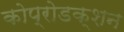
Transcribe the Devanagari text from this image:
कोप्रोडक्शन